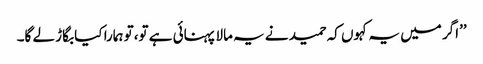
’’اگر میں یہ کہوں کہ حمید نے یہ مالا پہنائی ہے تو،تو ہمارا کیا بگاڑ لے گا۔